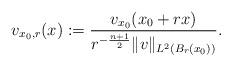
LaTeX: \begin{align*}v_{x_0,r}(x):= \frac{v_{x_0}(x_0 + r x)}{ r^{- \frac{n+1}{2}} \| v\|_{L^2(B_r(x_0))}}.\end{align*}